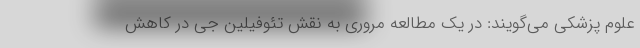
علوم پزشکی می‌گویند: در یک مطالعه مروری به نقش تئوفیلین جی در کاهش